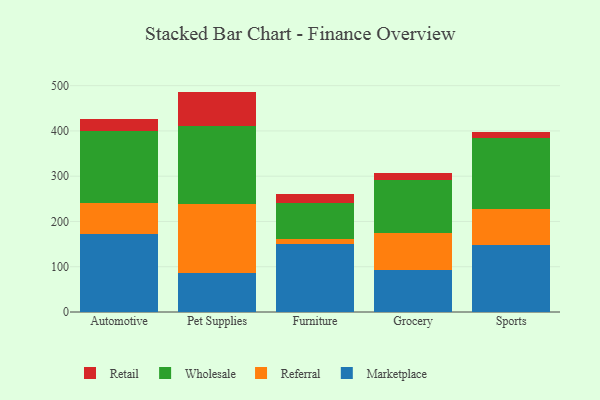
{"axis": {"x": "Category", "y": "Headcount"}, "legend": ["Marketplace", "Referral", "Retail", "Wholesale"], "data": [{"x": "Automotive", "y": 172.4, "type": "Marketplace"}, {"x": "Automotive", "y": 67.6, "type": "Referral"}, {"x": "Automotive", "y": 158.9, "type": "Wholesale"}, {"x": "Automotive", "y": 27.5, "type": "Retail"}, {"x": "Pet Supplies", "y": 85.6, "type": "Marketplace"}, {"x": "Pet Supplies", "y": 152.7, "type": "Referral"}, {"x": "Pet Supplies", "y": 173.4, "type": "Wholesale"}, {"x": "Pet Supplies", "y": 75.2, "type": "Retail"}, {"x": "Furniture", "y": 150.4, "type": "Marketplace"}, {"x": "Furniture", "y": 10.9, "type": "Referral"}, {"x": "Furniture", "y": 80.3, "type": "Wholesale"}, {"x": "Furniture", "y": 19.3, "type": "Retail"}, {"x": "Grocery", "y": 91.9, "type": "Marketplace"}, {"x": "Grocery", "y": 82.3, "type": "Referral"}, {"x": "Grocery", "y": 116.5, "type": "Wholesale"}, {"x": "Grocery", "y": 17.3, "type": "Retail"}, {"x": "Sports", "y": 148.7, "type": "Marketplace"}, {"x": "Sports", "y": 79.4, "type": "Referral"}, {"x": "Sports", "y": 156.0, "type": "Wholesale"}, {"x": "Sports", "y": 14.6, "type": "Retail"}]}